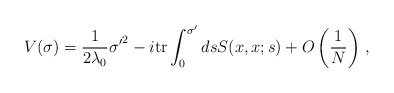
\begin{align*}V(\sigma ) = \frac{1}{2\lambda_0}{\sigma'}^{2} -i\mbox{tr} \int_{0}^{\sigma'}ds S(x,x;s) +O\left(\frac{1}{N}\right)\, ,\end{align*}